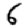
Digit: 6